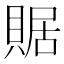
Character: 䝻